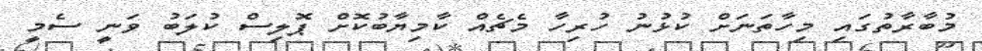
މުބާރާތުގައި މިހާތަނަށް ކުޅުނު ހުރިހާ މެޗެއް ކާމިޔާބުކޮށް ޕޮލިސް ކުލަބު ވަނީ ސެމީ